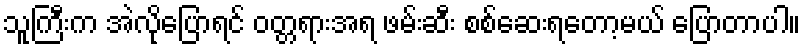
သူကြီးက အဲလိုပြောရင် ဝတ္တရားအရ ဖမ်းဆီး စစ်ဆေးရတော့မယ် ပြောတာပါ။